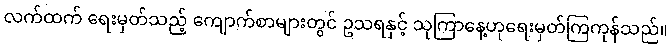
လက်ထက် ရေးမှတ်သည့် ကျောက်စာများတွင် ဥသရနှင့် သုကြာနေ့ဟုရေးမှတ်ကြကုန်သည်။